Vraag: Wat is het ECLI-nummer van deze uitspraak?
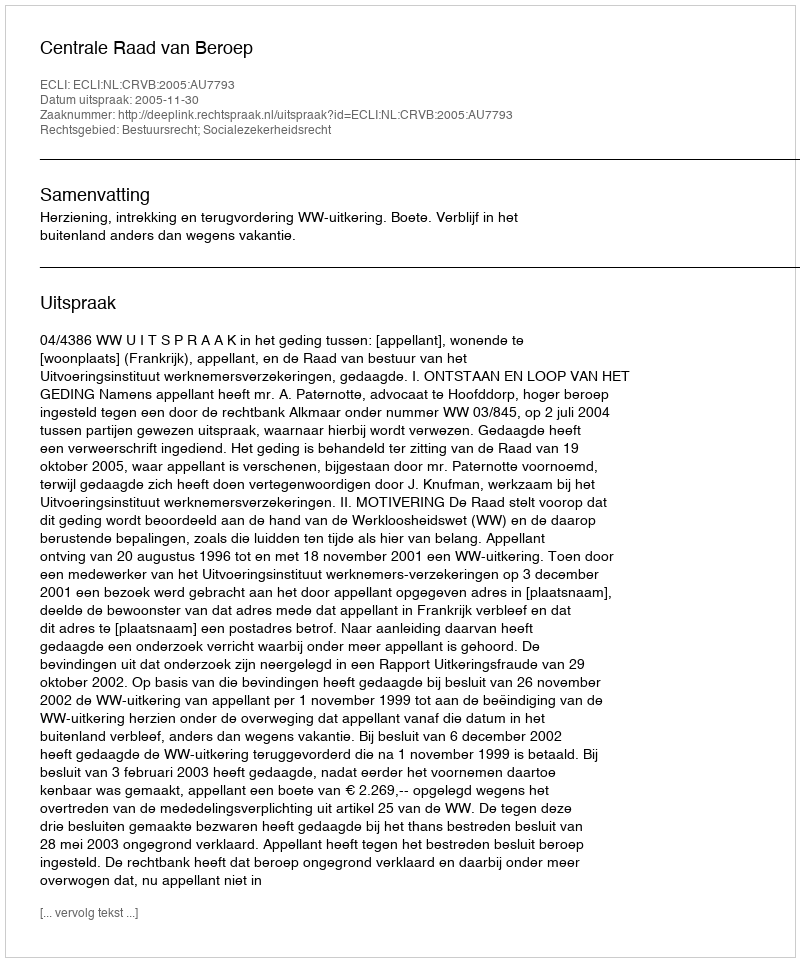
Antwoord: ECLI:NL:CRVB:2005:AU7793